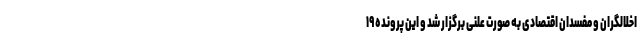
اخلالگران و مفسدان اقتصادی به صورت علنی برگزار شد و این پرونده ١٩